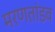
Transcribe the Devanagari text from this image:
मरणतांडव